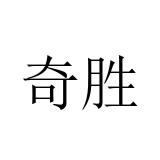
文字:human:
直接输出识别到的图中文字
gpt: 奇胜